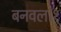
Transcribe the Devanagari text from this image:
बनवल।१